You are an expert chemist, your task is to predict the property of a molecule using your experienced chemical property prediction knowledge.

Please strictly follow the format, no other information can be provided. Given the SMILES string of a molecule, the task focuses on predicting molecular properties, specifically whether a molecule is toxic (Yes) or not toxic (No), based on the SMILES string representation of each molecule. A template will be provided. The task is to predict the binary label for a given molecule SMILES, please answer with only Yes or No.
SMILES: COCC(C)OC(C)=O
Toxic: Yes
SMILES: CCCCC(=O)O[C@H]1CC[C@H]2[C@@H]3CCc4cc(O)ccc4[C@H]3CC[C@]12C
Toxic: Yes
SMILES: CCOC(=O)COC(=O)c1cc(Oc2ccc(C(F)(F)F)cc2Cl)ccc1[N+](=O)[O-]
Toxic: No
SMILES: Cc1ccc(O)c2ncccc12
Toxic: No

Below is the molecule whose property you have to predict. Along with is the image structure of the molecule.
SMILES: Nc1nc(=O)n([C@@H]2CS[C@H](CO)O2)cc1F
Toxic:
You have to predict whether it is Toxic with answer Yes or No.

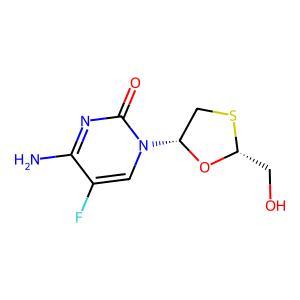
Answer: No